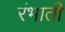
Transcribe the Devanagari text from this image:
रंभाती